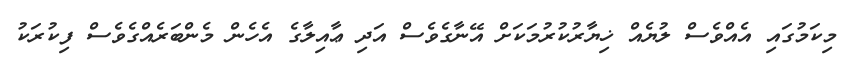
މިކަމުގައި އެއްވެސް ލުޔެއް ޚިޔާރުކުރުމަކަށް އޭނާގެވެސް އަދި ޢާއިލާގެ އެހެން މެންބަރެއްގެވެސް ފިކުރަކު